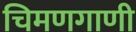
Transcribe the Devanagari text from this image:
चिमणगाणी